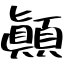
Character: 顚